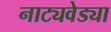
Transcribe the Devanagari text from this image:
नाट्यवेड्या